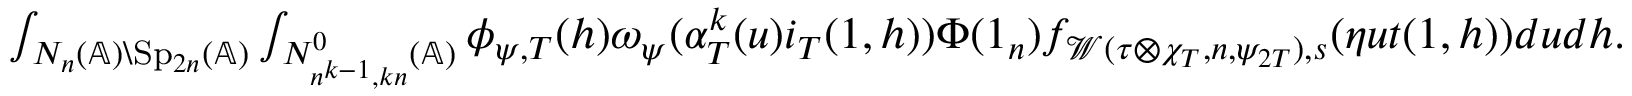
\begin{array} { r } { \int _ { N _ { n } ( \mathbb { A } ) \backslash \mathrm { S p } _ { 2 n } ( \mathbb { A } ) } \int _ { N _ { n ^ { k - 1 } , k n } ^ { 0 } ( \mathbb { A } ) } \phi _ { \psi , T } ( h ) \omega _ { \psi } ( \alpha _ { T } ^ { k } ( u ) i _ { T } ( 1 , h ) ) \Phi ( 1 _ { n } ) f _ { \mathcal { W } ( \tau \otimes \chi _ { T } , n , \psi _ { 2 T } ) , s } ( \eta u t ( 1 , h ) ) d u d h . } \end{array}